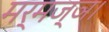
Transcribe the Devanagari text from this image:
मर्मज्ञ।